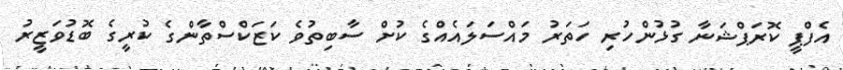
އެފްޕީ ކޮރަޕްޝަނާ ގުޅުންހުރި ހަތަރު މައްސަލައެއްގެ ކުށް ސާބިތުވެ ކަޒަކްސްތާންގެ ކުރީގެ ބޮޑުވަޒީރު